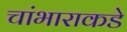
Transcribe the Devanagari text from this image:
चांभाराकडे